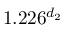
1 . 2 2 6 ^ { d _ { 2 } }